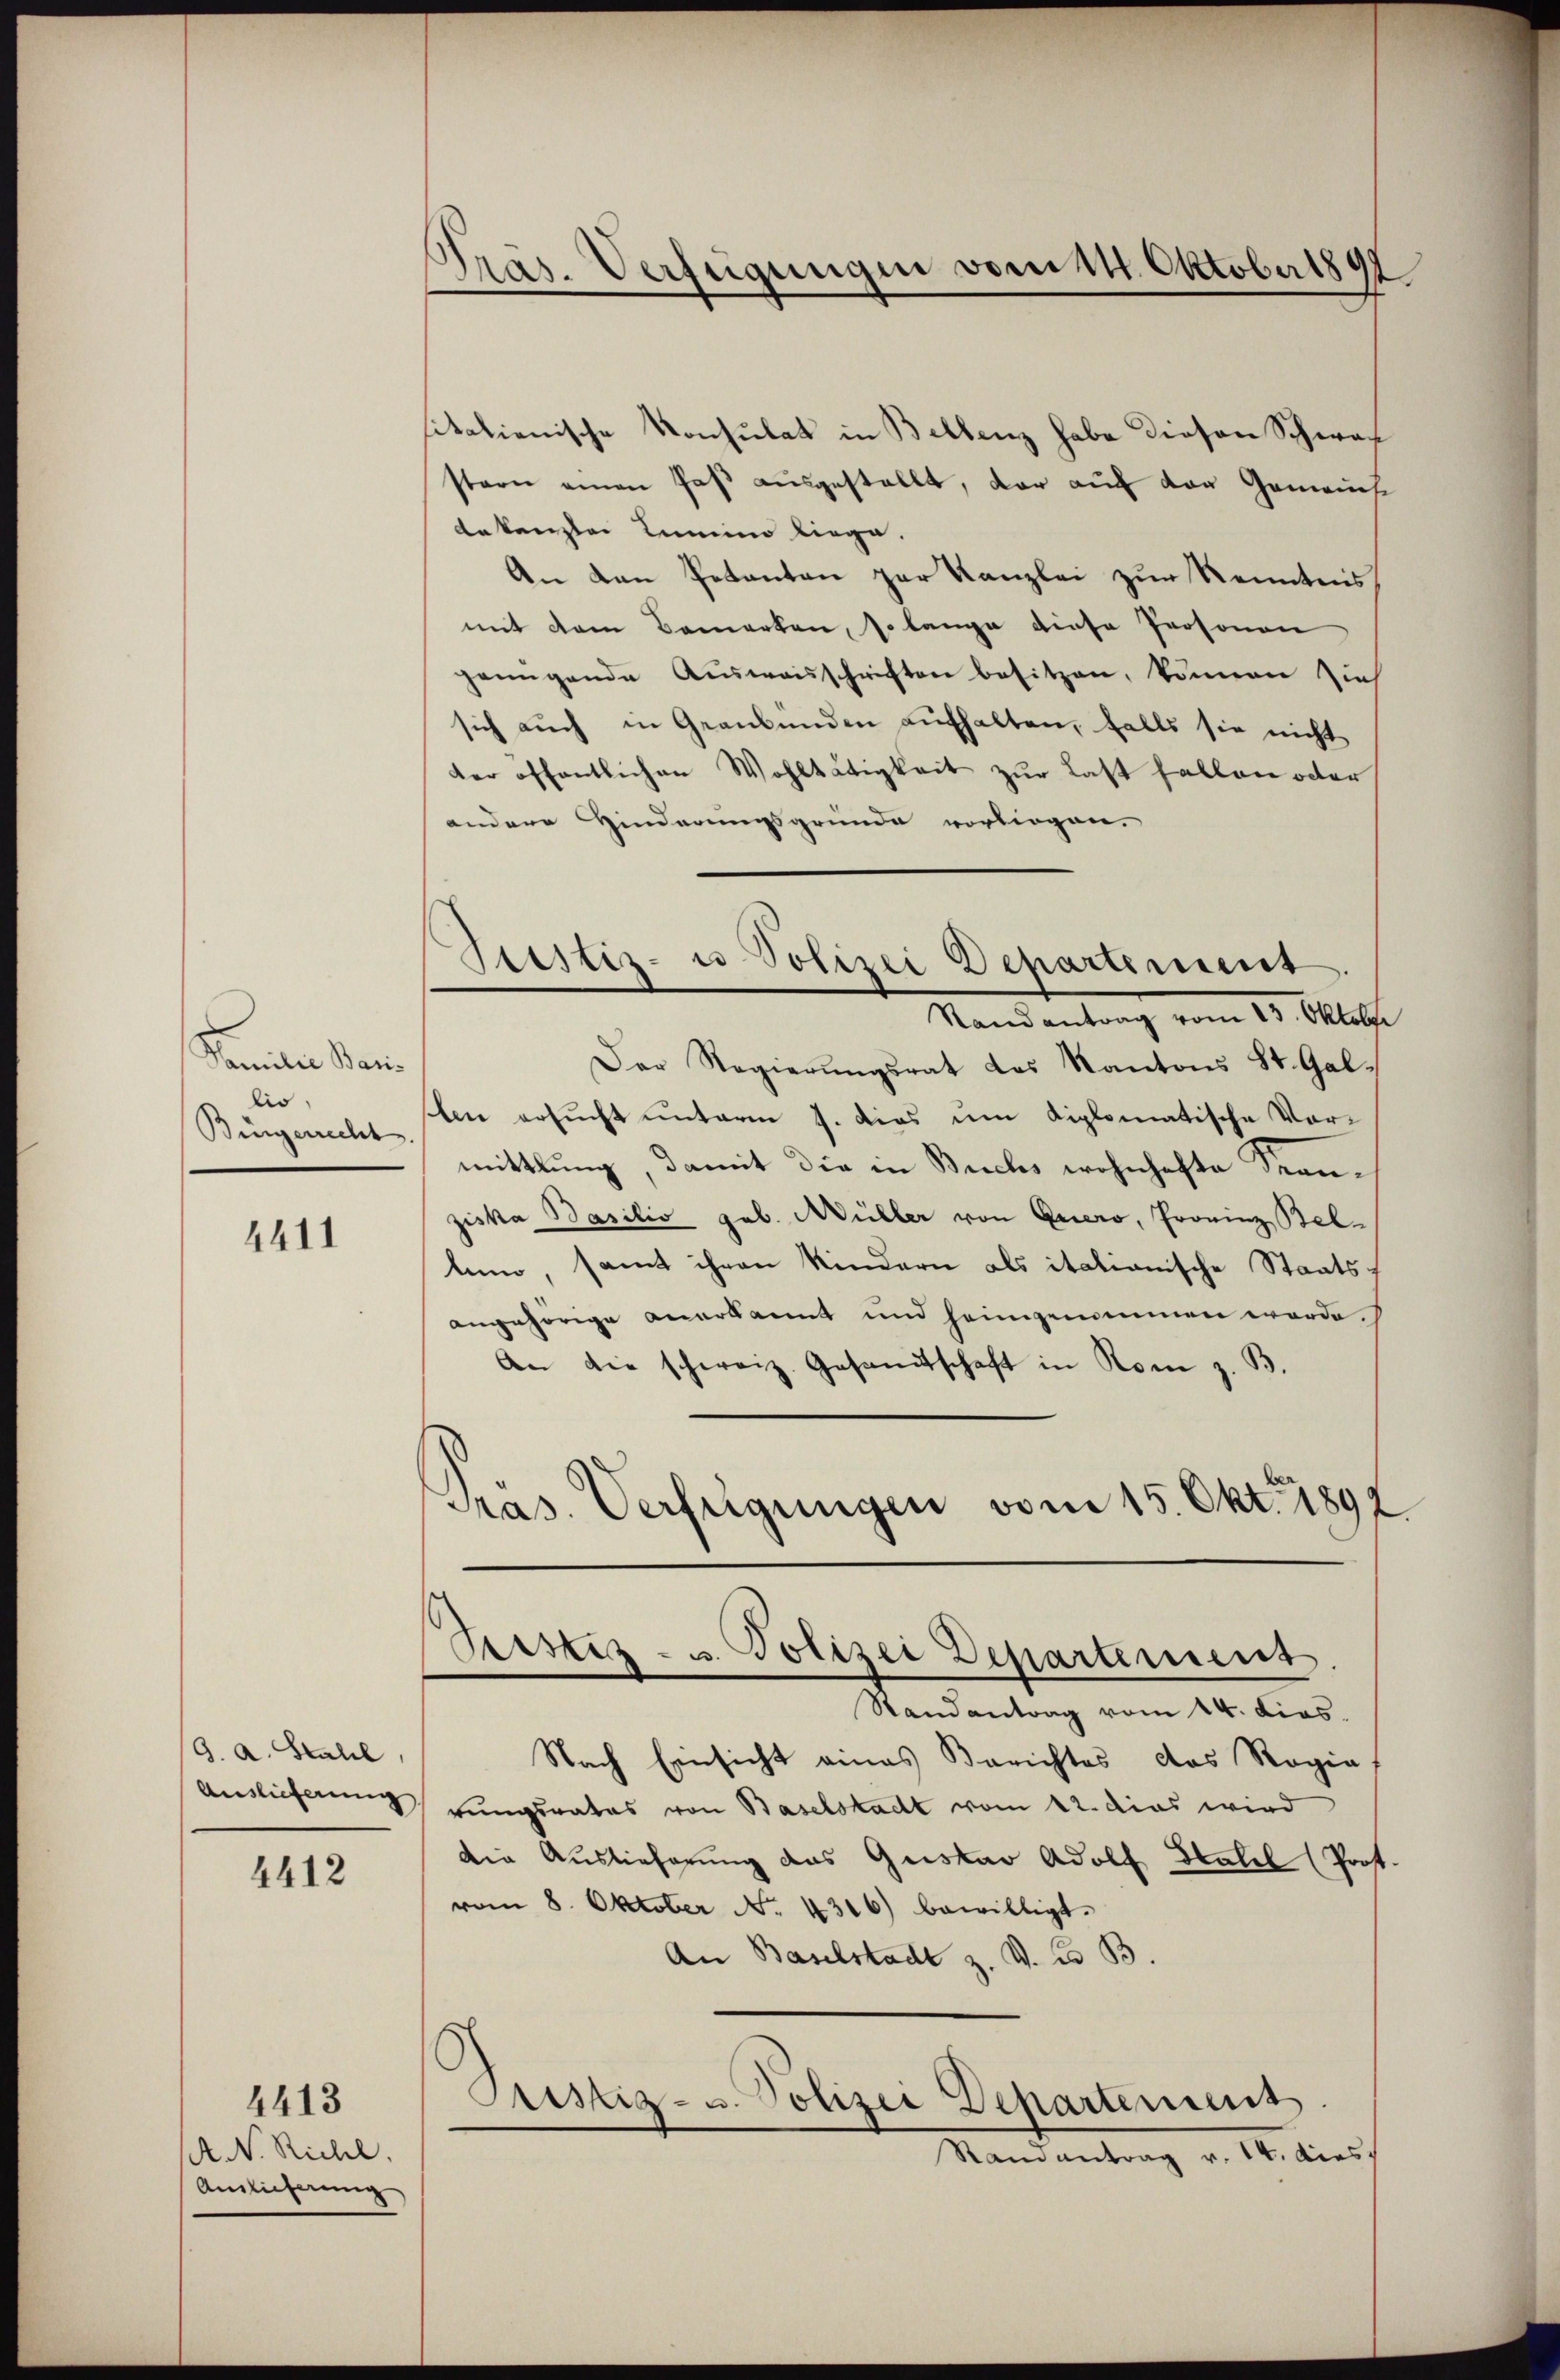
Faniden Ban
lio,
Bürgerrecht.

4411

9. a. Stahl,
Auslieferung

4412

A. N. Richl.
Auslieferung

4413

Präs. Verfügungen vom 14. Oktober 1891

Justiz- u Polizei Departement

sitationische Konsulat in Bellenz habe diesen Schwac
stern einen Paß ausgestellt, dar auf der Gemeinsdekanzler Lamino liege.
An den Petenten zur Kanzlei zur Kenntnis
mit dem Bemerken, so lange diese Personen
genügende Aŭsweisschriften besitzen, können zieh
sich auch in Graubünden aufhalten, falls sie nicht
der öffentlichen Wohltätigkeit zur Last fallen oder
andere Hinderungsgründe vorliegen.
Standentrag vom 15. Altst
Der Regierŭngsrat des Kantons St. Gal-
len ersucht unterm 9. dies um diplomatische Vormittlung, damit die in Buchs wohnhafte Seenziska Basilio geb. Müller von Quero, Provinz Bellum, samt ihren Kindern als italianische Staats-
angehörige Anerkannt und heimgenommen werde.
An die schweiz. Gesamtschaft in Rom z. B.
Pras. Verfügungen vom 15. Okt. 1892

Sistiz- u. Polizei Departement.

Randantrag vom 14. Lies.
Nach Einsicht eines Berichtes das Regia,
rungsrates von Baselstadt vom 12. dies wird
die Auslieferung des Gustav Adolf Stahel (Prof.
vom 8. Oktober No. 4316) bewilligt.
An Baselstadt z. V. B. B.
Justiz- u. Polizei Departement
Randantrag v. 14. dies